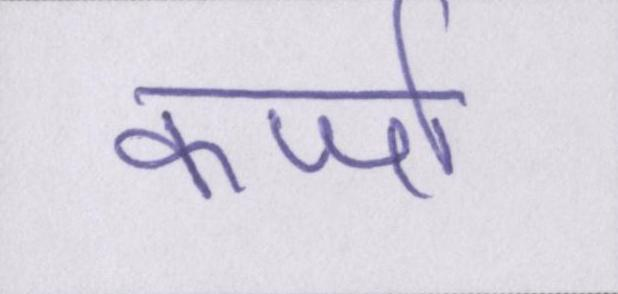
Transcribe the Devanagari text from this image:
कर्जा